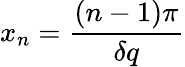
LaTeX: x_{n}=\frac{(n-1)\pi}{\delta q}